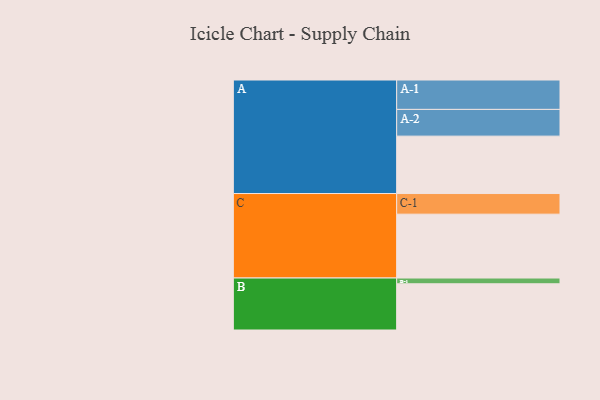
{"axis": {"x": "Segment", "y": "Value"}, "legend": ["", "A", "B", "C"], "data": [{"x": "A", "y": 498, "type": ""}, {"x": "B", "y": 401, "type": ""}, {"x": "C", "y": 554, "type": ""}, {"x": "A-1", "y": 255, "type": "A"}, {"x": "A-2", "y": 232, "type": "A"}, {"x": "B-1", "y": 50, "type": "B"}, {"x": "C-1", "y": 179, "type": "C"}]}